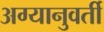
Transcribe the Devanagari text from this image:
अग्यानुवर्ती